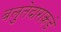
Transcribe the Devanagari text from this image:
बलुतेदाराकडे